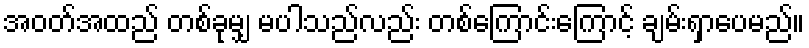
အဝတ်အထည် တစ်ခုမျှ မပါသည်လည်း တစ်ကြောင်းကြောင့် ချမ်းရှာပေမည်။